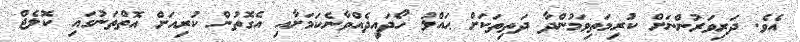
އެވެ. ދަރިވަރުންނަށް ކުރިމަތިވަމުންދާ ދަތިތަކަށް ޙައްލު ހޯދައިދެއްވާނެކަމަށާއި އެގޮތުން ކުރިއަށް އޮތްތަނުގައި ކޮލެޖް